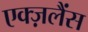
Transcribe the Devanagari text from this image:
एक्ज़लैंस